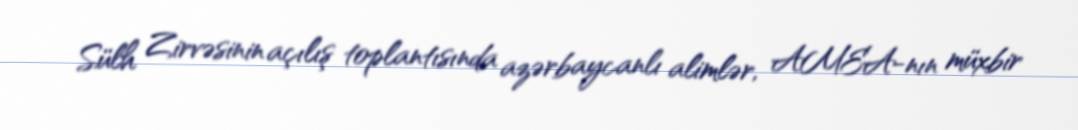
Sülh Zirvəsinin açılış toplantısında azərbaycanlı alimlər, AMEA-nın müxbir